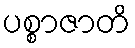
ပစ္စာဇာတိ